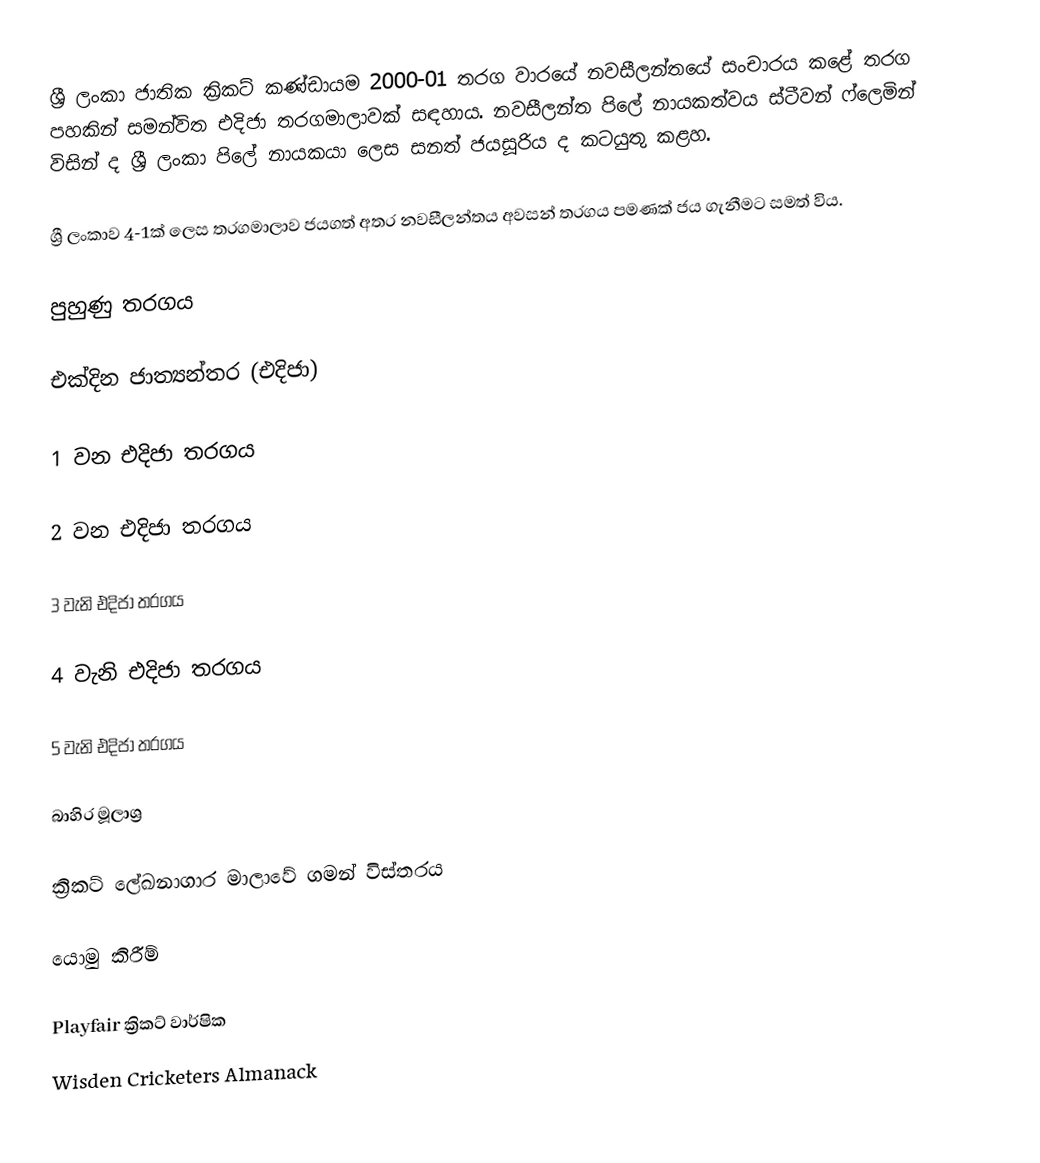
ශ්‍රී ලංකා ජාතික ක්‍රිකට් කණ්ඩායම 2000-01 තරග වාරයේ නවසීලන්තයේ සංචාරය කළේ තරග පහකින් සමන්විත එදිජා තරගමාලාවක් සඳහාය. නවසීලන්ත පිලේ නායකත්වය ස්ටීවන් ෆ්ලෙමින් විසින් ද ශ්‍රී ලංකා පිලේ නායකයා ලෙස සනත් ජයසූරිය ද කටයුතු කළහ.

ශ්‍රී ලංකාව 4-1ක් ලෙස තරගමාලාව ජයගත් අතර නවසීලන්තය අවසන් තරගය පමණක් ජය ගැනීමට සමත් විය.

පුහුණු තරගය

එක්දින ජාත්‍යන්තර (එදිජා)

1 වන එදිජා තරගය

2 වන එදිජා තරගය

3 වැනි එදිජා තරගය

4 වැනි එදිජා තරගය

5 වැනි එදිජා තරගය

බාහිර මූලාශ්‍ර

 ක්‍රිකට් ලේඛනාගාර මාලාවේ ගමන් විස්තරය

යොමු කිරීම්

 Playfair ක්‍රිකට් වාර්ෂික
 Wisden Cricketers Almanack